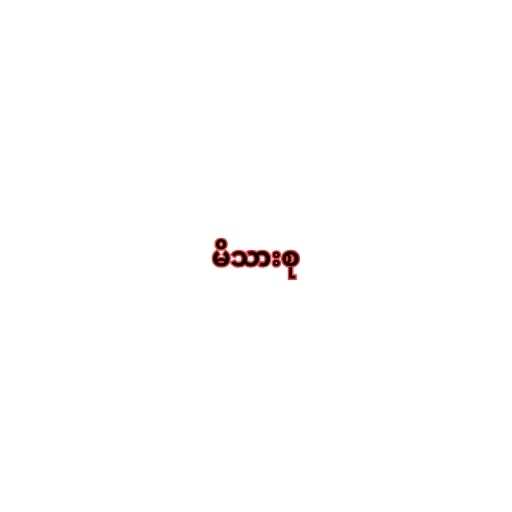
မိသားစု